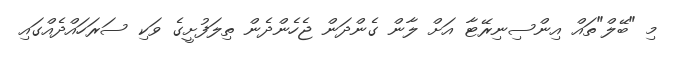
މި "ބޭލް"ތައް އިންސިނިރޭޓާ އަށް ލާން ގެންދަން ޖެހެންދެން ތިލަފުށީގެ ވަކި ސަރަހައްދެއްގައި